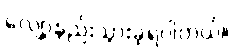
လျော့နည်းသွားခဲ့ရပါတယ်။